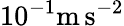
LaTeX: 10^{-1}\mathrm{m}\, \mathrm{s}^{-2}